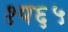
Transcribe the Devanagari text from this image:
१प६५